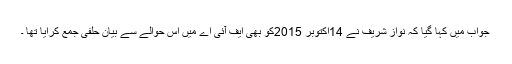
جواب میں کہا گیا کہ نواز شریف نے 14اکتوبر 2015کو بھی ایف آئی اے میں اس حوالے سے بیان حلفی جمع کرایا تھا ۔